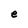
Character: e